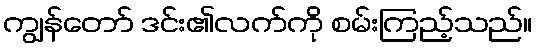
ကျွန်တော် ဒင်း၏လက်ကို စမ်းကြည့်သည်။